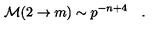
{ \cal M } ( 2 \rightarrow m ) \sim p ^ { - n + 4 } \quad .